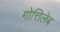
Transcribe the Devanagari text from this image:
गोत्तिलेब